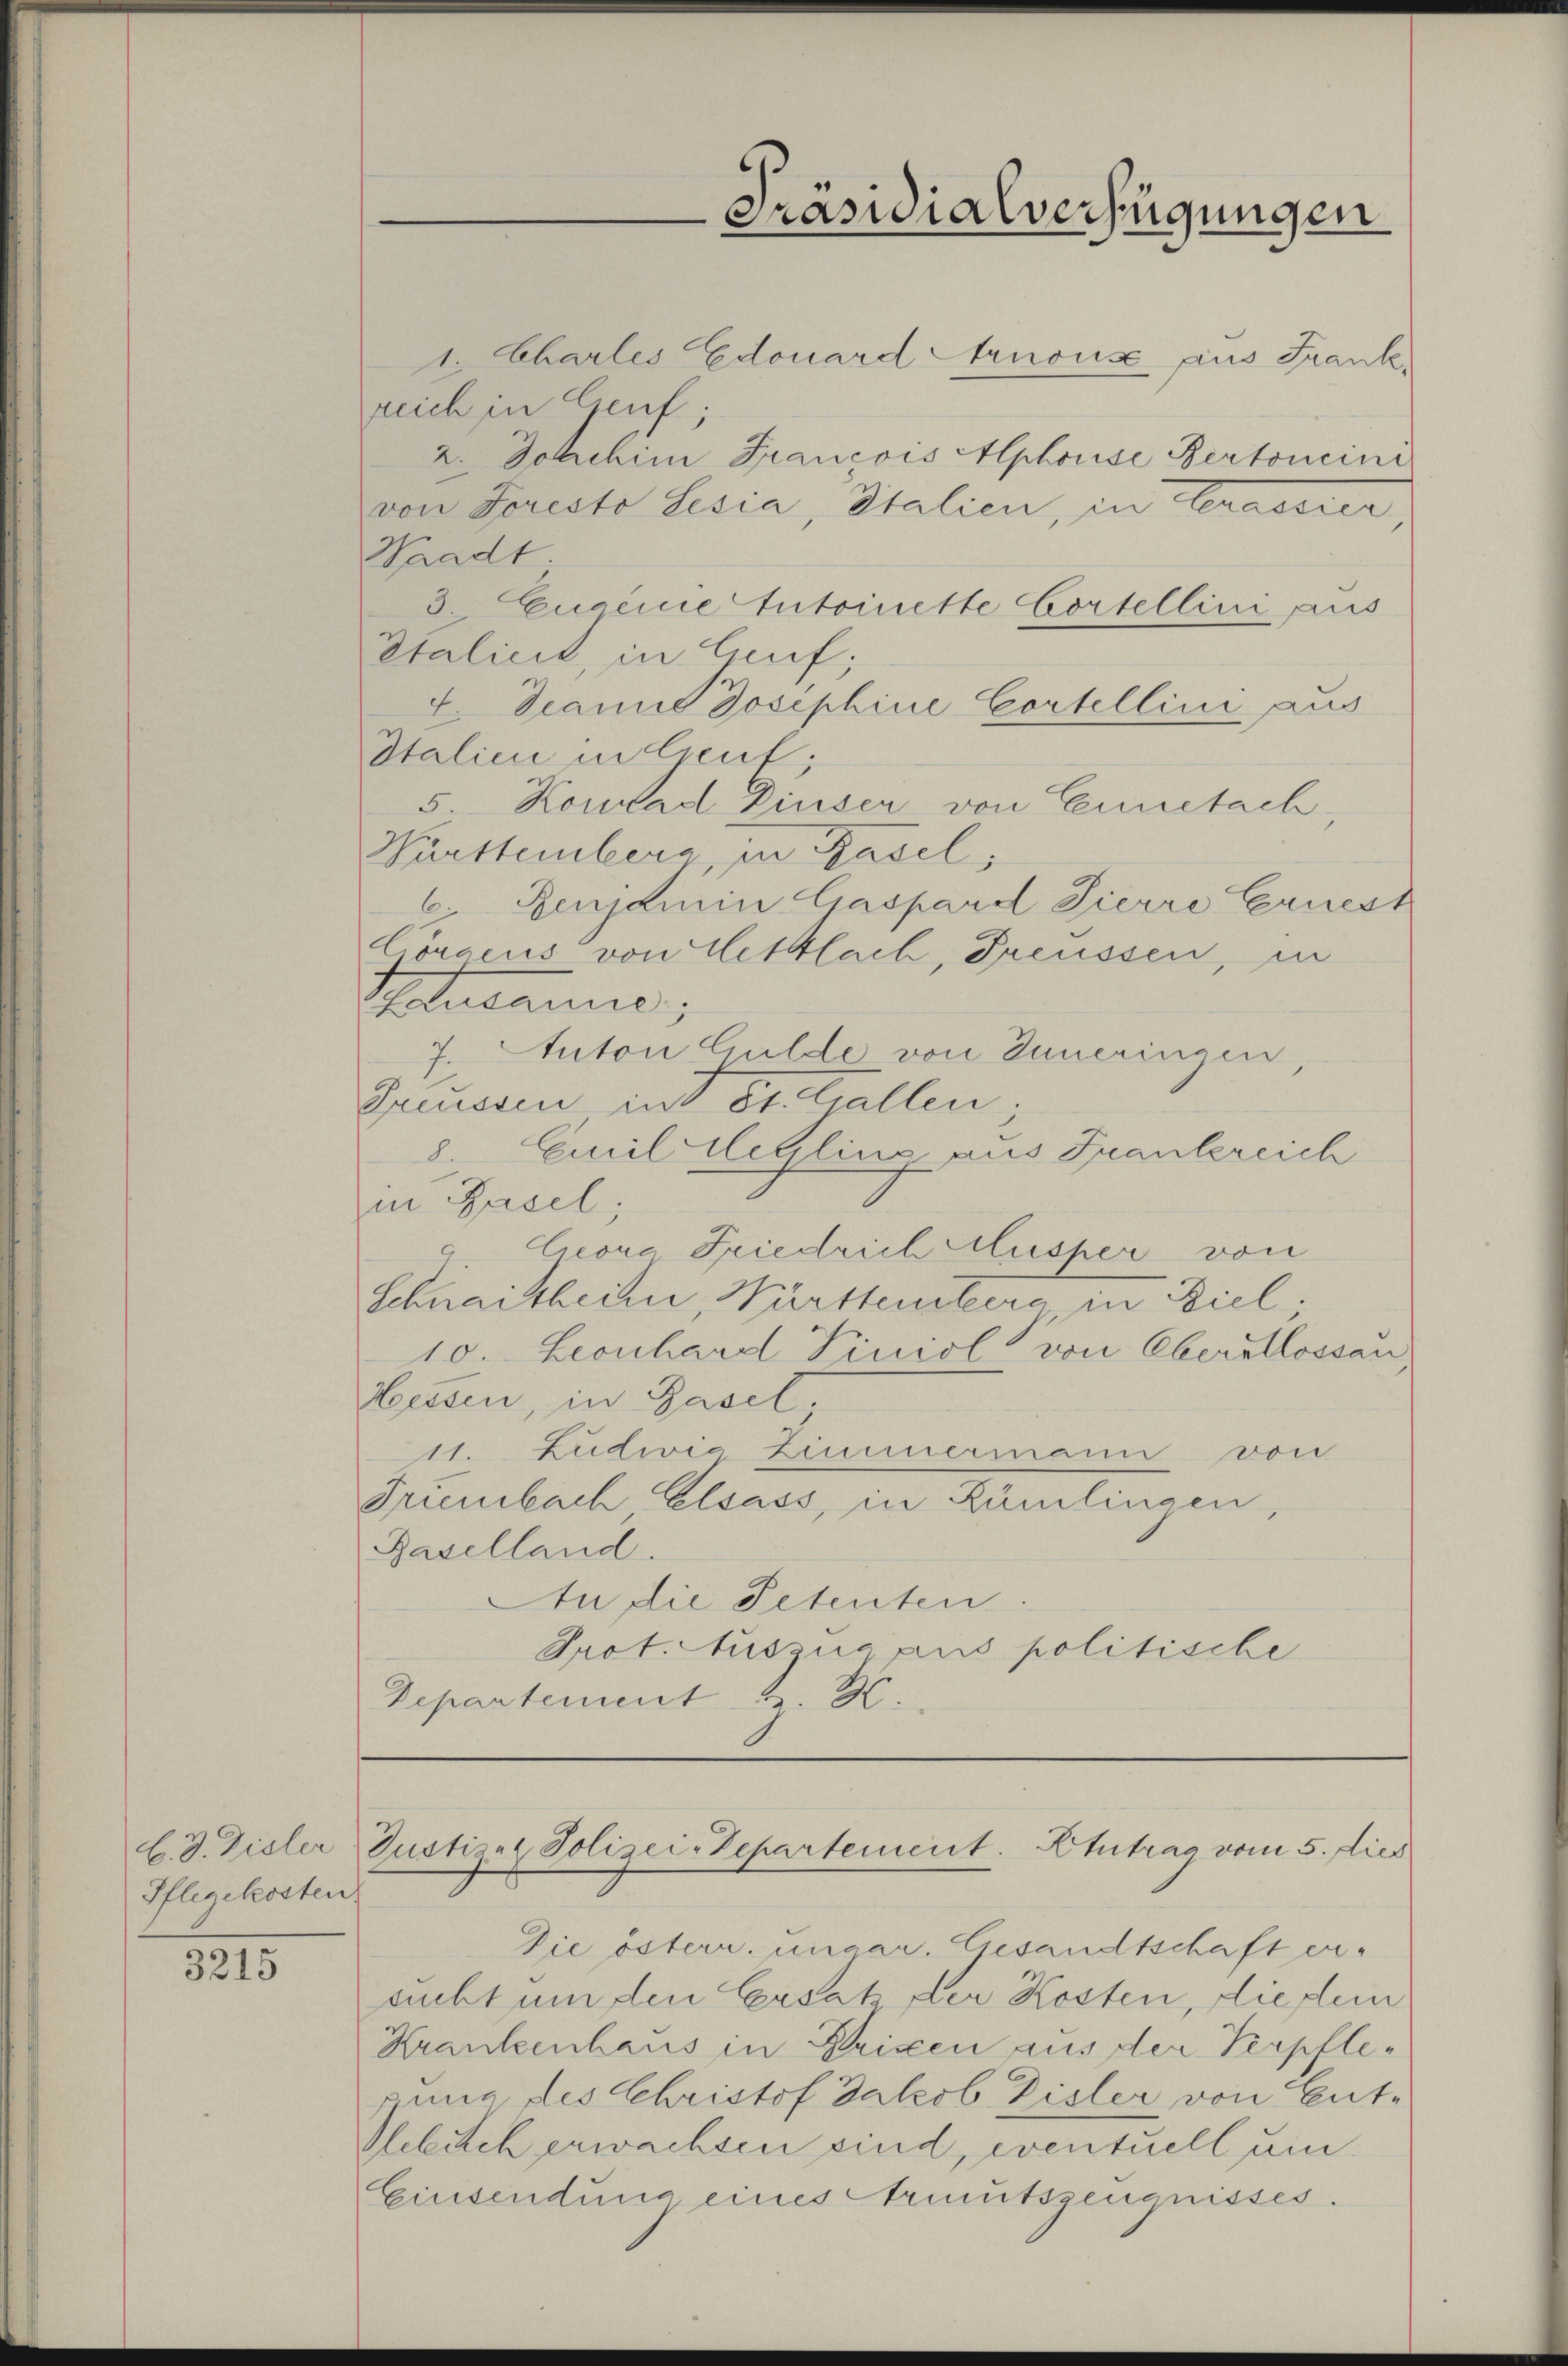
b. d. Disler
Pflegekosten

3215

1. Charles Edouard Arnouise aus Frank,
reich in Genf;
2. Joachim Francois Alphouise Bertoncini
von Foreste Lesia, Italien, in Crassier
Waadt
3 Quainie Antoinette Cortellini aus
Italicit, in Lauf;
4. Dann Josephine Cortellini aus
Italien in Creuf,
5 Konrad Dieser von Cennetach,
Württemberg in Basel,
6.Renjamin Gaspard Zierre Ernest
Cörgens von Hettlach, Preussen, in
Apotecario;
7. Auton Gulde von Inneringen,
Pressen int erstellen;
8. Emiliterline aus Frankereich
in Basel;
Ceora Friedrich Musser von
Schnaittheil, Württemberg in Ziel;
10. Leonhard Piniol von Oberstlossau,
Hessen, in Basel.
111. Zudiia Zimmermann von
Früembach Elsass, in Rümlingen,
Baselland.
In die Petenten.
Prot. Auszug aus politische
Departement u. H.

Die österr. ungar. Gesandtschaft er-
sucht um den Ersat der Kosten, diesem
Krankenhaus in Brixen aus der Verpflegung des Christof Jakob Disler von Ent-
Rebuch erwachsen sind, eventuell um
Einsendung eines Arumtszeugnisses.

Präsidialverfügungen

Justizat Polizei-Departement. Etutrag vom 5. dies